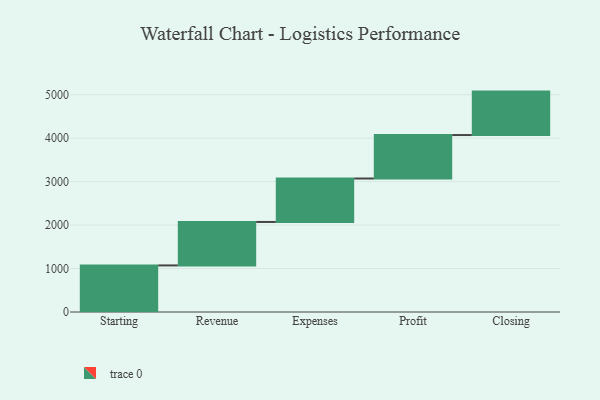
{"axis": {"x": "Step", "y": "Value"}, "legend": [""], "data": [{"x": "Starting", "y": 1072.0, "type": ""}, {"x": "Revenue", "y": 1000, "type": ""}, {"x": "Expenses", "y": 1000, "type": ""}, {"x": "Profit", "y": 1000, "type": ""}, {"x": "Closing", "y": 1000, "type": ""}]}